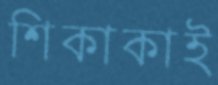
শিকাকাই